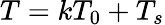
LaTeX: T=kT_{0}+T_{s}